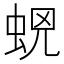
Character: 𧊫